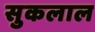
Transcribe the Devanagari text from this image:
सुकलाल